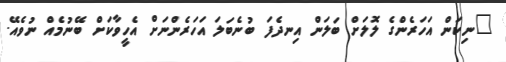
"ނިކަން އަހަރެންގެ ލޮލަށް ބަލަން އިނދެފަ ބުނެބަލަ އަހަރެންނަށް އެހީވާކަށް ބޭނުމެއް ނުވެއޭ.